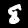
Digit: 8